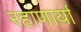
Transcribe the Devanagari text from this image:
रहाणार्या